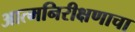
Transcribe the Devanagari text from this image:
आत्मनिरीक्षणाचा